Suure-Kopu_vallavalitsus, lk 25
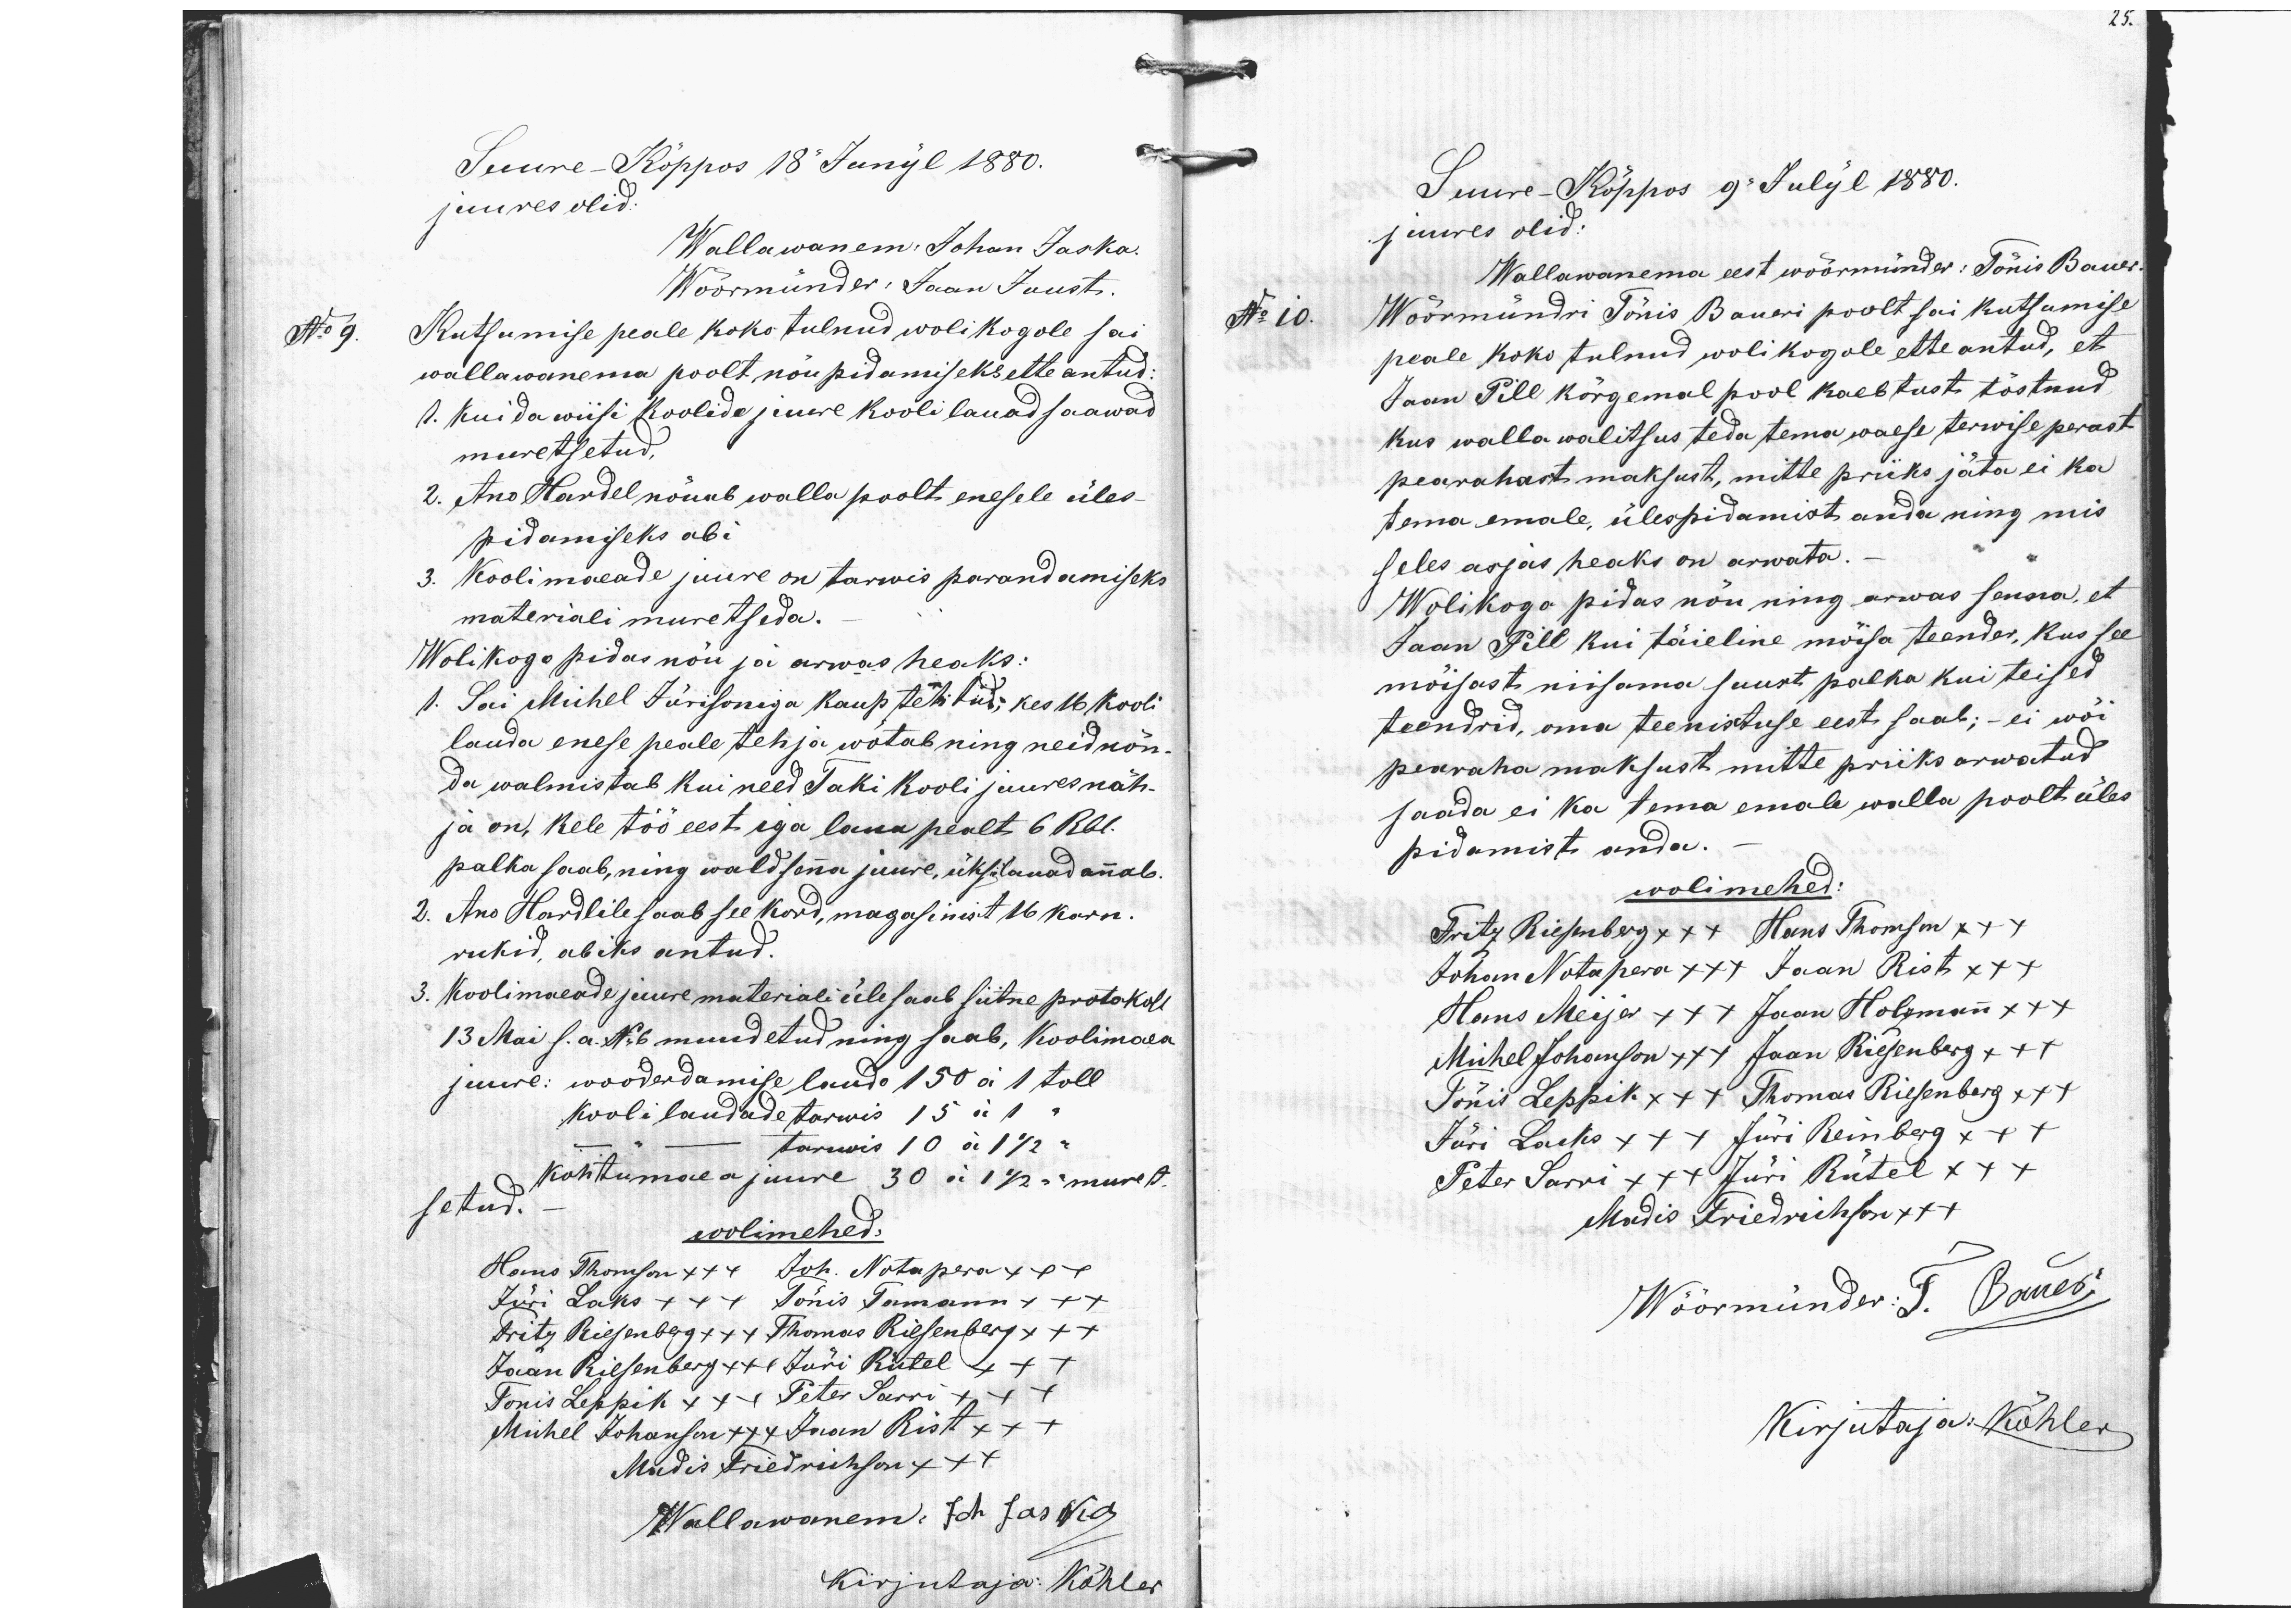
Suure-Kõppos 18" Junijl 1880.
juures olid:
Wallawanem: Johan Jaska.
Woormünder: Jaan Juust
Kutsumise peale koko tulnud wolikogole sai
wallawanema poolt nõupidamiseks ette antud:
1. Kuidawiisi koolide juure kooli lauad saawad
muretsetud
2. Ano Hardel nõuab walla poolt enesele üles-
pidamiseks abi
3. Kooli maeade juure on tarwis parandamiseks
materiali muretseda.
Wolikogo pidas nõu ja arwas heaks:
1. Sai Michel Jürisoniga kaup tehtud, kes 16 kooli
lauda enese peale tehja wõtab ning neid nõn-
da walmistab kui need Taki kooli juures näh-
ja on, kele töö eest iga laua pealt 6 Rbl
palka saab, ning wald senna juure, üksiti lauad annab
2. Ano Hardlile saab see kord, magasinist 16 karn.
rukid abiks antud.
3. Koolimaeade juure materiali üle saab siitne protokoll
13 Mai s.a. No 6 muudetud ning saab, Koolimaea
juure: wooderdamise laudo 150 á 1 toll
Kooli laudade tarwis 15 á 1 "
- tarwis 10 á 1 1/2 "
kohtumaea juure 30 á 1 1/2 " muret.
setud.
wolimehed:
Hans Thomson x++ Joh. Notupera x++
Jüri Lacks +++ Tõnis Tamann ++x
Fritz Riesenberg ++x Thomas Riesenberg x++
Jaan Riesenberg +++ Jüri Rütel x++
Tõnis Leppik xx+ Peter Sarri x++
Michel Johanson +xx Jaan Rist xx+
Madis Friedrichson xx+
Wallawanem: Joh Jaska
Kirjutaja: Köhler

25.
Suure-Kõppos 9 Julijl 1880.
juures olid:
Wallawanema eest wöörmünder: Tõnis Bauer
No 10.
Wöörmündri Tõnis Baueri poolt sai kutsumise
peale koko tulnud wolikogole ette antud, et
Jaan Pill kõrgemal pool kaebtust tõstnud,
kus wallawalitsus teda tema waese terwise perast
pearahast maksust, mitte priiks jäta ei ka
tema emale, ülespidamist anda ning mis
seles asjas heaks on arwata.
Wolikogo pidas nõu ning arwas senna, et
Jaan Pill kui täieline mõisa teender, kus see
mõisast niisama suurt palka kui teised
teendrid, oma teenistuse eest saab; - ei wõi
pearaha maksust mitte priiks arwatud
saada ei ka tema emale walla poolt üles
pidamiste anda.
wolimehed:
Fritz Riesenberg xx+ Hans Thomson x++
Johan Notapera xxx Jaan Rist x++
Hans Meijer xx+ Jaan Holzmann x+x
Mihel Johanson xxx Jaan Riesenberg x++
Sõnis Leppik x++ Thomas Riesenberg x++
Jüri Lasks xx+ Jüri Reinberg x++
Peter Sarri x++ Jüri Rütel x++
Madis Friedrihson x++
Wöörmünder: T. Bauer
Kirjutaja: Köhler

No 9.